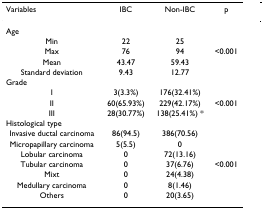
| Variables | IBC | Non-IBC | p |
 | --- | --- | --- | --- |
 | Age |  |  |  |
 | Min | 22 | 25 |  |
 | Max | 76 | 94 | <0.001 |
 | Mean | 43.47 | 59.43 |  |
 | Standard deviation | 9.43 | 12.77 |  |
 | Grade |  |  |  |
 | I | 3(3.3%) | 176(32.41%) |  |
 | II | 60(65.93%) | 229(42.17%) | <0.001 |
 | III | 28(30.77%) | 138(25.41%) * |  |
 | Histological type |  |  |  |
 | Invasive ductal carcinoma | 86(94.5) | 386(70.56) |  |
 | Micropapillary carcinoma | 5(5.5) | 0 |  |
 | Lobular carcinoma | 0 | 72(13.16) |  |
 | Tubular carcinoma | 0 | 37(6.76) | <0.001 |
 | Mixt | 0 | 24(4.38) |  |
 | Medullary carcinoma | 0 | 8(1.46) |  |
 | Others | 0 | 20(3.65) |  |